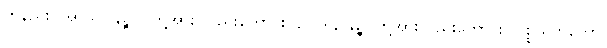
တနည်း။ အာသဝါနဉ္စဝ၊ တို့အား လည်းကောင်း။ ဥပါဒါနာနဉ္စ၊ တို့အားလည်းကောင်း။ ပစ္စယဘူတော၊